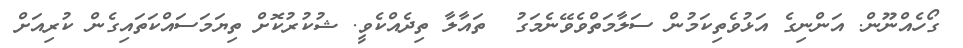
ގޯހެއްނޫން. އަންނިގެ އަޅުވެތިކަމުން ސަލާމަތްވެވޭނެމަގު  ތައާލާ ތިދެއްކެވީ. ޝުކުރުކޮށް ތިޔަމަސައްކަތައިގެން ކުރިއަށް